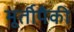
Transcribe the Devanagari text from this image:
मूर्तीपैकी